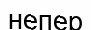
непер